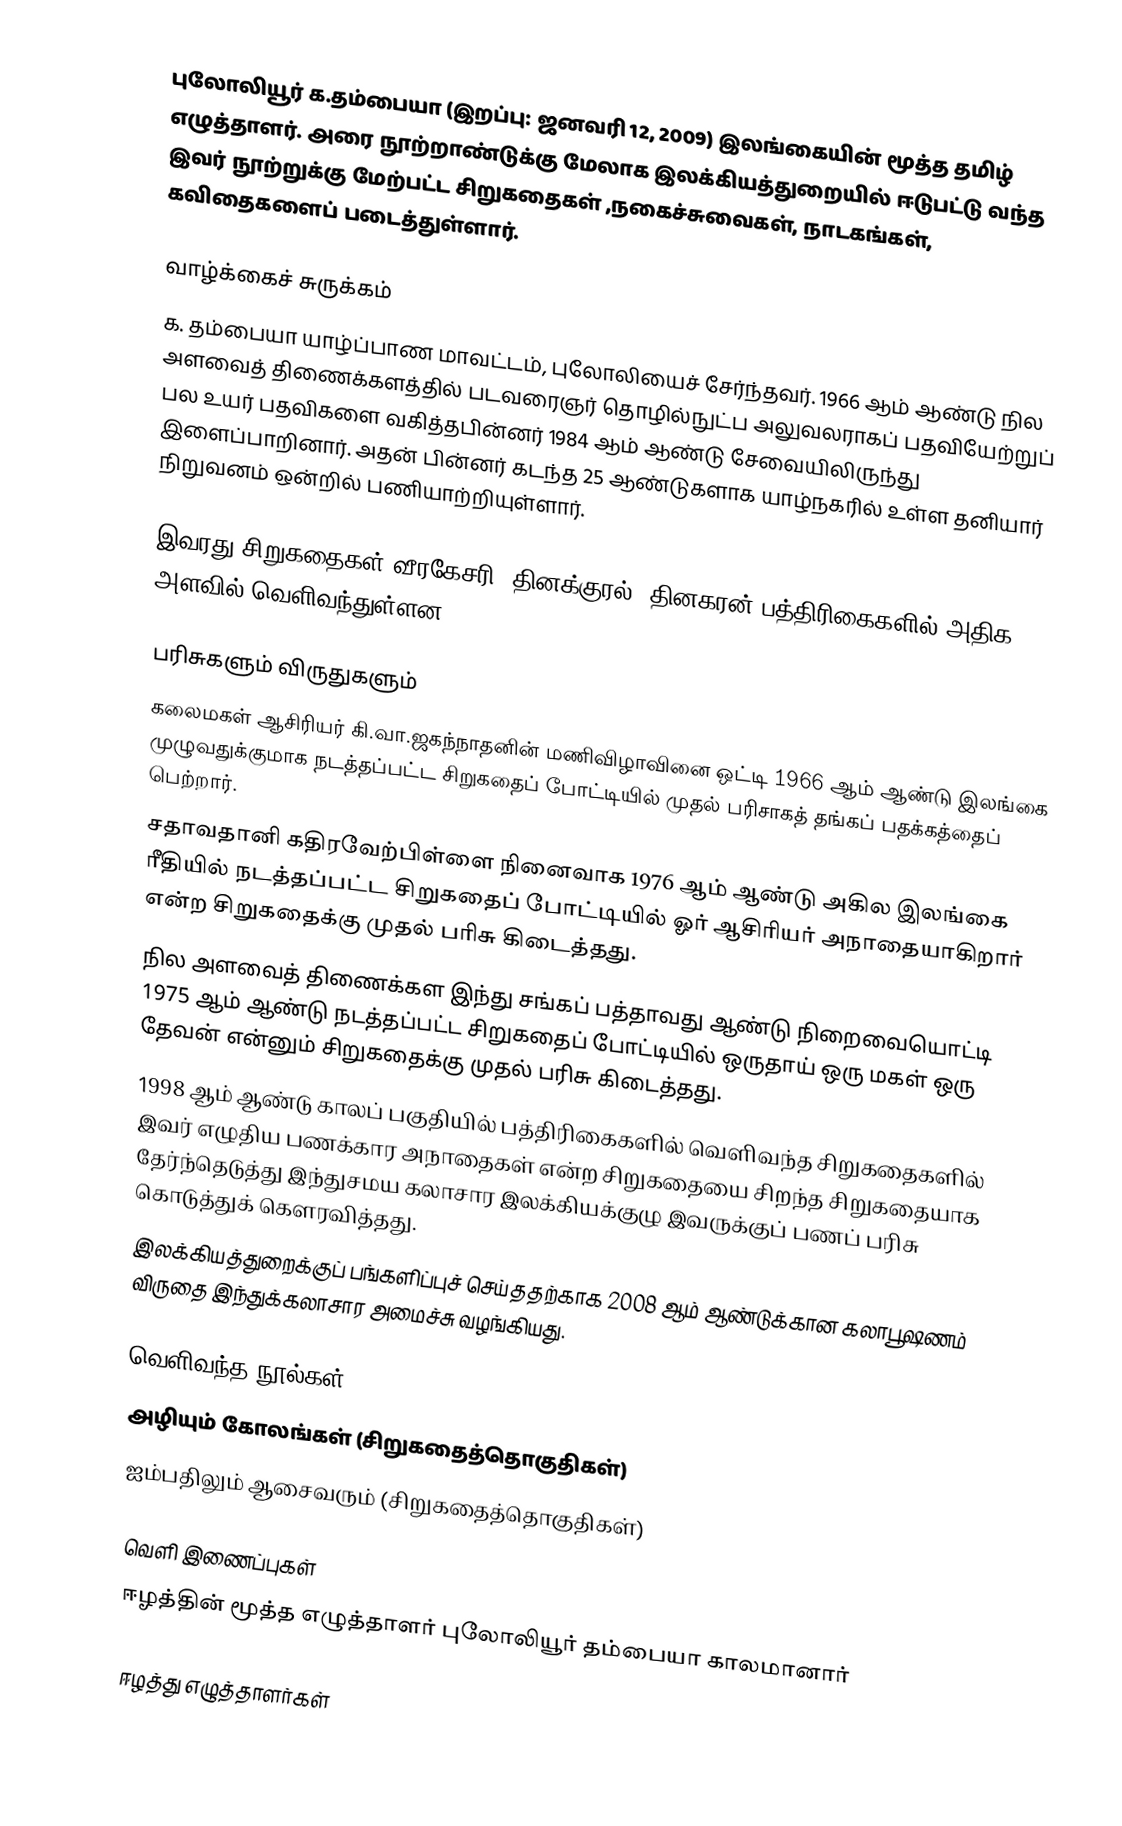
புலோலியூர் க.தம்பையா (இறப்பு: ஜனவரி 12, 2009) இலங்கையின் மூத்த தமிழ் எழுத்தாளர். அரை நூற்றாண்டுக்கு மேலாக இலக்கியத்துறையில் ஈடுபட்டு வந்த இவர் நூற்றுக்கு மேற்பட்ட சிறுகதைகள் ,நகைச்சுவைகள், நாடகங்கள், கவிதைகளைப் படைத்துள்ளார்.

வாழ்க்கைச் சுருக்கம்
க. தம்பையா யாழ்ப்பாண மாவட்டம், புலோலியைச் சேர்ந்தவர். 1966 ஆம் ஆண்டு நில அளவைத் திணைக்களத்தில் படவரைஞர் தொழில்நுட்ப அலுவலராகப் பதவியேற்றுப் பல உயர் பதவிகளை வகித்தபின்னர் 1984 ஆம் ஆண்டு சேவையிலிருந்து இளைப்பாறினார். அதன் பின்னர் கடந்த 25 ஆண்டுகளாக யாழ்நகரில் உள்ள தனியார் நிறுவனம் ஒன்றில் பணியாற்றியுள்ளார்.

இவரது சிறுகதைகள் வீரகேசரி, தினக்குரல், தினகரன் பத்திரிகைகளில் அதிக அளவில் வெளிவந்துள்ளன.

பரிசுகளும் விருதுகளும்
 கலைமகள் ஆசிரியர் கி.வா.ஜகந்நாதனின் மணிவிழாவினை ஒட்டி 1966 ஆம் ஆண்டு  இலங்கை முழுவதுக்குமாக நடத்தப்பட்ட சிறுகதைப் போட்டியில் முதல் பரிசாகத் தங்கப் பதக்கத்தைப் பெற்றார்.
 சதாவதானி கதிரவேற்பிள்ளை நினைவாக 1976 ஆம் ஆண்டு அகில இலங்கை ரீதியில் நடத்தப்பட்ட சிறுகதைப் போட்டியில் ஓர் ஆசிரியர் அநாதையாகிறார் என்ற சிறுகதைக்கு முதல் பரிசு கிடைத்தது.
 நில அளவைத் திணைக்கள இந்து சங்கப் பத்தாவது ஆண்டு நிறைவையொட்டி 1975 ஆம் ஆண்டு நடத்தப்பட்ட சிறுகதைப் போட்டியில் ஒருதாய் ஒரு மகள் ஒரு தேவன் என்னும் சிறுகதைக்கு முதல் பரிசு கிடைத்தது.
 1998 ஆம் ஆண்டு காலப் பகுதியில் பத்திரிகைகளில் வெளிவந்த சிறுகதைகளில் இவர் எழுதிய பணக்கார அநாதைகள் என்ற சிறுகதையை சிறந்த சிறுகதையாக தேர்ந்தெடுத்து இந்துசமய கலாசார இலக்கியக்குழு இவருக்குப் பணப் பரிசு கொடுத்துக் கௌரவித்தது.
 இலக்கியத்துறைக்குப் பங்களிப்புச் செய்ததற்காக 2008 ஆம் ஆண்டுக்கான கலாபூஷணம் விருதை இந்துக்கலாசார அமைச்சு வழங்கியது.

வெளிவந்த நூல்கள்
 அழியும் கோலங்கள் (சிறுகதைத்தொகுதிகள்)
 ஐம்பதிலும் ஆசைவரும் (சிறுகதைத்தொகுதிகள்)

வெளி இணைப்புகள்
 ஈழத்தின் மூத்த எழுத்தாளர் புலோலியூர் தம்பையா காலமானார்

ஈழத்து எழுத்தாளர்கள்